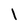
Character: l